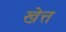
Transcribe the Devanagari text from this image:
खेत्त